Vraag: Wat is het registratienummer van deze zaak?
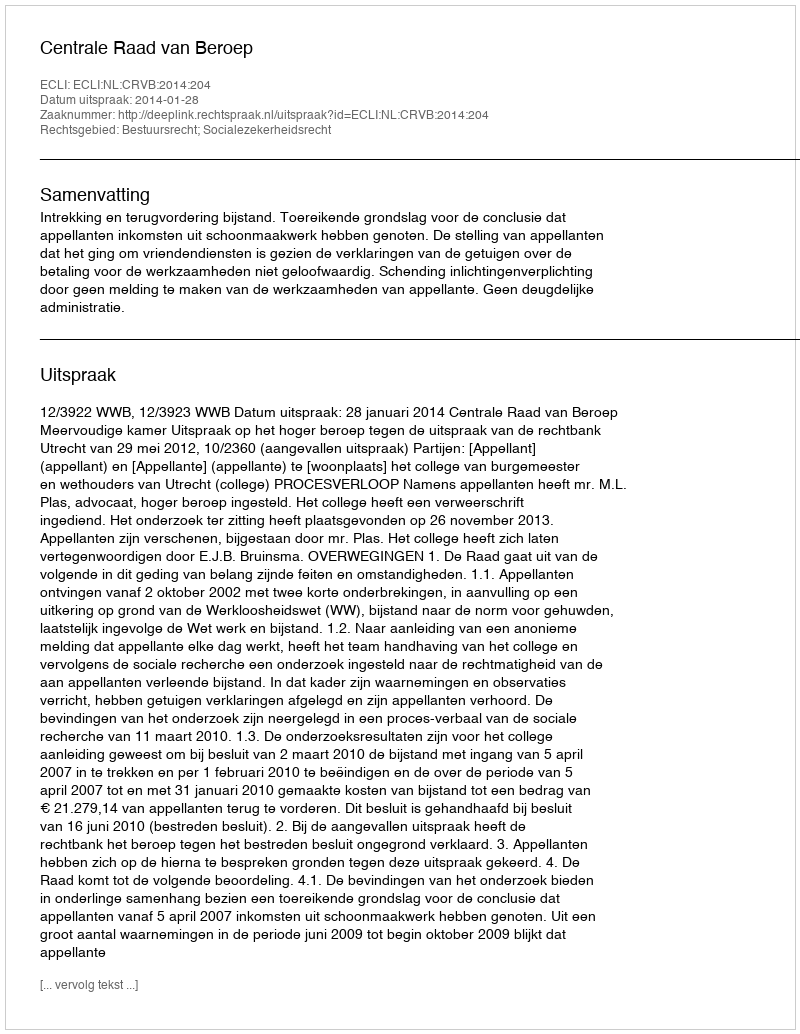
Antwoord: http://deeplink.rechtspraak.nl/uitspraak?id=ECLI:NL:CRVB:2014:204